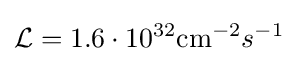
{\mathcal {L}}=1.6\cdot 10^{32}\mathrm {cm} ^{-2}s^{-1}